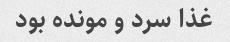
غذا سرد و مونده بود